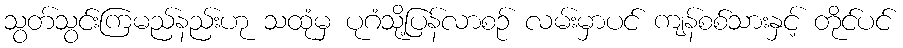
သွတ်သွင်းကြမည်နည်းဟု သထုံမှ ပုဂံသို့ပြန်လာစဉ် လမ်းမှာပင် ကျန်စစ်သားနှင့် တိုင်ပင်